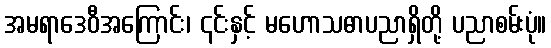
အမရာဒေဝီအကြောင်း၊ ၎င်းနှင့် မဟောသဓာပညာရှိတို့ ပညာစမ်းပုံ။